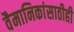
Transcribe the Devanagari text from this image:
वैमानिकांसाठीही